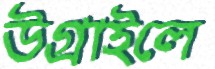
উগ্‌রাইলে